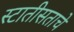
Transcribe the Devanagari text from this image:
स्टातीसताचे